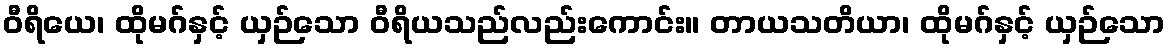
ဝီရိယေ၊ ထိုမဂ်နှင့် ယှဉ်သော ဝီရိယသည်လည်းကောင်း။ တာယသတိယာ၊ ထိုမဂ်နှင့် ယှဉ်သော